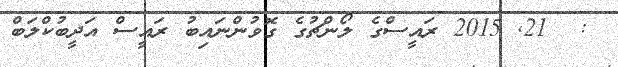
:  21